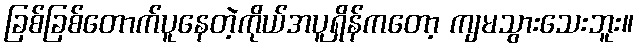
ခြစ်ခြစ်တောက်ပူနေတဲ့ကိုယ်အပူရှိန်ကတော့ ကျမသွားသေးဘူး။